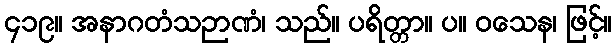
၄၁၉။ အနာဂတံသဉာဏံ၊ သည်။ ပရိတ္တာ။ ပ။ ဝသေန၊ ဖြင့်။